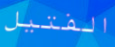
الفتيل